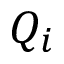
Q _ { i }